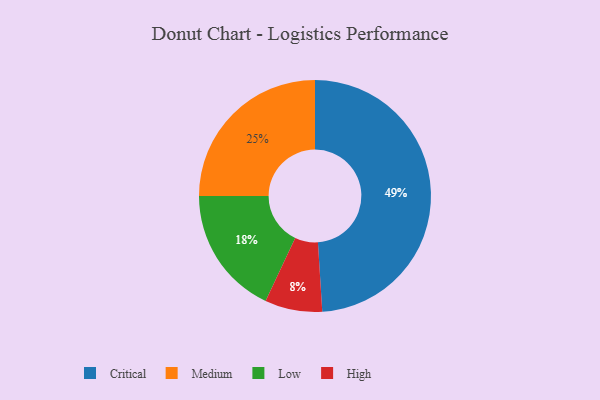
{"axis": {"x": "Category", "y": "Percentage"}, "legend": ["Critical", "High", "Low", "Medium"], "data": [{"x": "High", "y": 8, "type": "High"}, {"x": "Critical", "y": 49, "type": "Critical"}, {"x": "Medium", "y": 25, "type": "Medium"}, {"x": "Low", "y": 18, "type": "Low"}]}